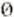
0